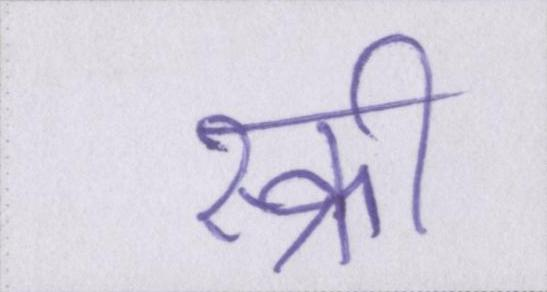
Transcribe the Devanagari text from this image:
स्क्री